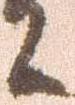
々